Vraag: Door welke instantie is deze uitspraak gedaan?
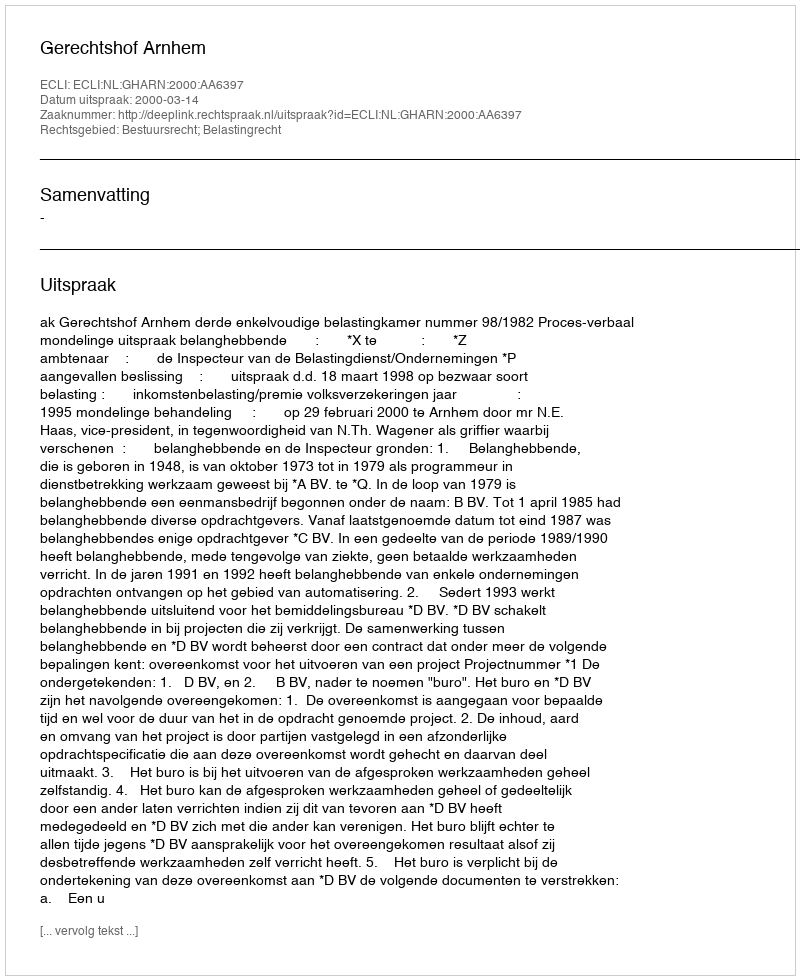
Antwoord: Gerechtshof Arnhem